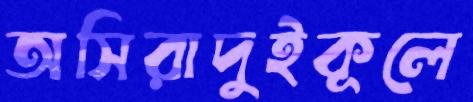
অসিরাদুইকূলে